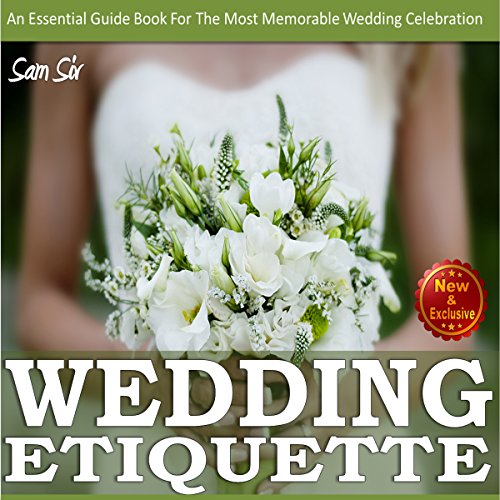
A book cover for Weddings:Wedding Etiquette Guide: An Essential Guide Book tor the Most Memorable Wedding Celebration; Sam Siv; Crafts, Hobbies & Home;